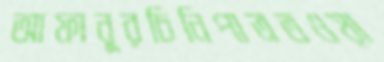
আফানূরচিনিপাত্রতওয়া